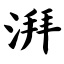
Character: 湃